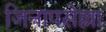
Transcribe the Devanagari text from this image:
जिनापसेल्ला